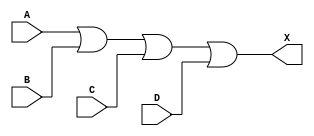
`timescale 1ps/1ps
module cell_or4
(
    input wire A,
    input wire B,
    input wire C,
    input wire D,
    output wire X
);
    assign X = A | B | C | D;
endmodule